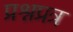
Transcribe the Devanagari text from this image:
प्रश्नप्रत्र